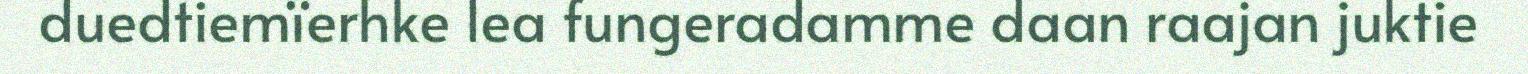
duedtiemïerhke lea fungeradamme daan raajan juktie